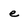
Character: e